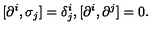
[ \partial ^ { i } , \sigma _ { j } ] = \delta _ { j } ^ { i } , [ \partial ^ { i } , \partial ^ { j } ] = 0 .